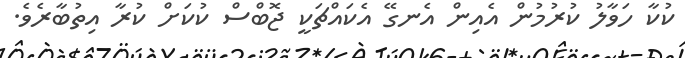
ކުކާ ހަވާލު ކުރުމުން އެއިން އެނގޭ އެކައްޗަކީ ޖޮބްސް ކުކަށް ކުރާ އިތުބާރެވެ.